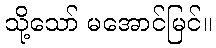
သို့သော် မအောင်မြင်။